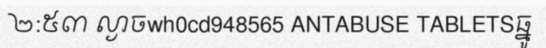
២:៥៣ ល្ងាចwh0cd948565 ANTABUSE TABLETSធ្នូ